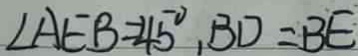
\angle A E B = 4 5 ^ { \circ } , B D = B E